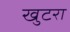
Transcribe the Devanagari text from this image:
खुटरा